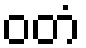
ဝတံ